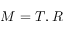
M = T , R